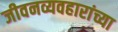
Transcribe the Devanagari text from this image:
जीवनव्यवहारांच्या